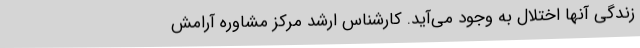
زندگی آنها اختلال به وجود می‌آید. کارشناس ارشد مرکز مشاوره آرامش